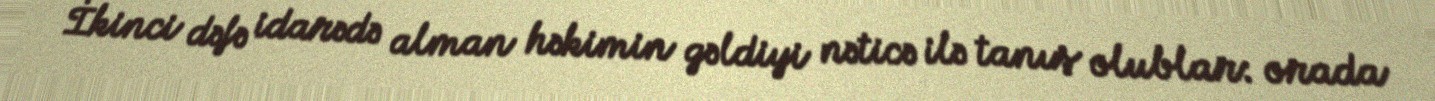
İkinci dəfə idarədə alman həkimin gəldiyi nəticə ilə tanış olublar: orada